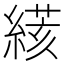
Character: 𦃮